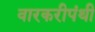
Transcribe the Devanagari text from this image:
वारकरीपंथी